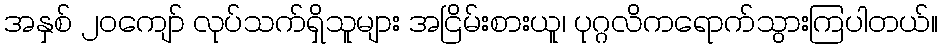
အနှစ် ၂၀ကျော် လုပ်သက်ရှိသူများ အငြိမ်းစားယူ၊ ပုဂ္ဂလိကရောက်သွားကြပါတယ်။